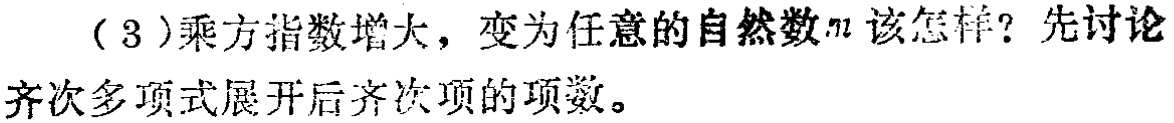
（3）乘方指数增大，变为任意的自然数\(n\)该怎样？先讨论齐次多项式展开后齐次项的项数。